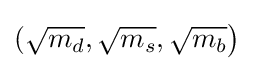
({\sqrt {m_{d}}},{\sqrt {m_{s}}},{\sqrt {m_{b}}}{\big )}